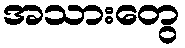
အသားတွေ